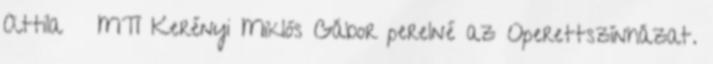
Attila MTI Kerényi Miklós Gábor perelné az Operettszínházat.